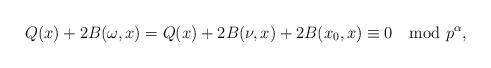
LaTeX: \begin{align*}Q(x)+2B(\omega,x)=Q(x)+2B(\nu,x)+2B(x_0,x)\equiv 0\mod p^\alpha,\end{align*}